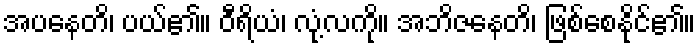
အပနေတိ၊ ပယ်၏။ ဝီရိယံ၊ လုံ့လကို။ အဘိဇနေတိ၊ ဖြစ်စေနိုင်၏။